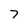
Character: 7